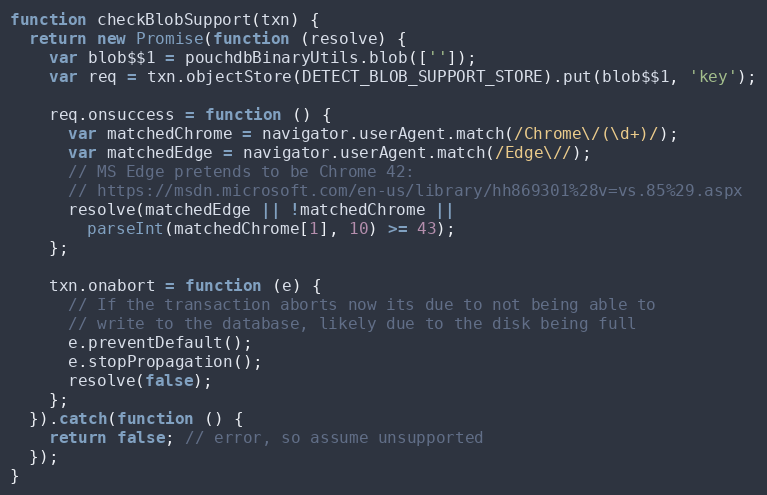
Language: JavaScript
function checkBlobSupport(txn) {
  return new Promise(function (resolve) {
    var blob$$1 = pouchdbBinaryUtils.blob(['']);
    var req = txn.objectStore(DETECT_BLOB_SUPPORT_STORE).put(blob$$1, 'key');

    req.onsuccess = function () {
      var matchedChrome = navigator.userAgent.match(/Chrome\/(\d+)/);
      var matchedEdge = navigator.userAgent.match(/Edge\//);
      // MS Edge pretends to be Chrome 42:
      // https://msdn.microsoft.com/en-us/library/hh869301%28v=vs.85%29.aspx
      resolve(matchedEdge || !matchedChrome ||
        parseInt(matchedChrome[1], 10) >= 43);
    };

    txn.onabort = function (e) {
      // If the transaction aborts now its due to not being able to
      // write to the database, likely due to the disk being full
      e.preventDefault();
      e.stopPropagation();
      resolve(false);
    };
  }).catch(function () {
    return false; // error, so assume unsupported
  });
}